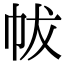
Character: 帗